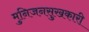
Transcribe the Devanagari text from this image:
मुनिजनसुखकारी